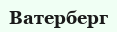
Ватерберг